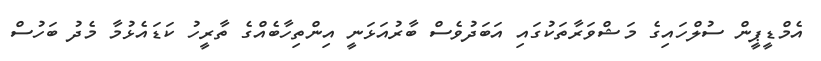
އެމްޑީޕީން ސުލްހައިގެ މަޝްވަރާތަކުގައި އަބަދުވެސް ބާރުއަޅަނީ އިންތިހާބެއްގެ ތާރީހު ކަޑައެޅުމާ މެދު ބަހުސް